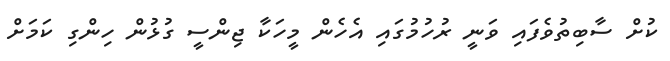
ކުށް ސާބިތުވެފައި ވަނީ ރުހުމުގައި އެހެން މީހަކާ ޖިންސީ ގުޅުން ހިންގި ކަމަށް